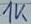
Text: 1K